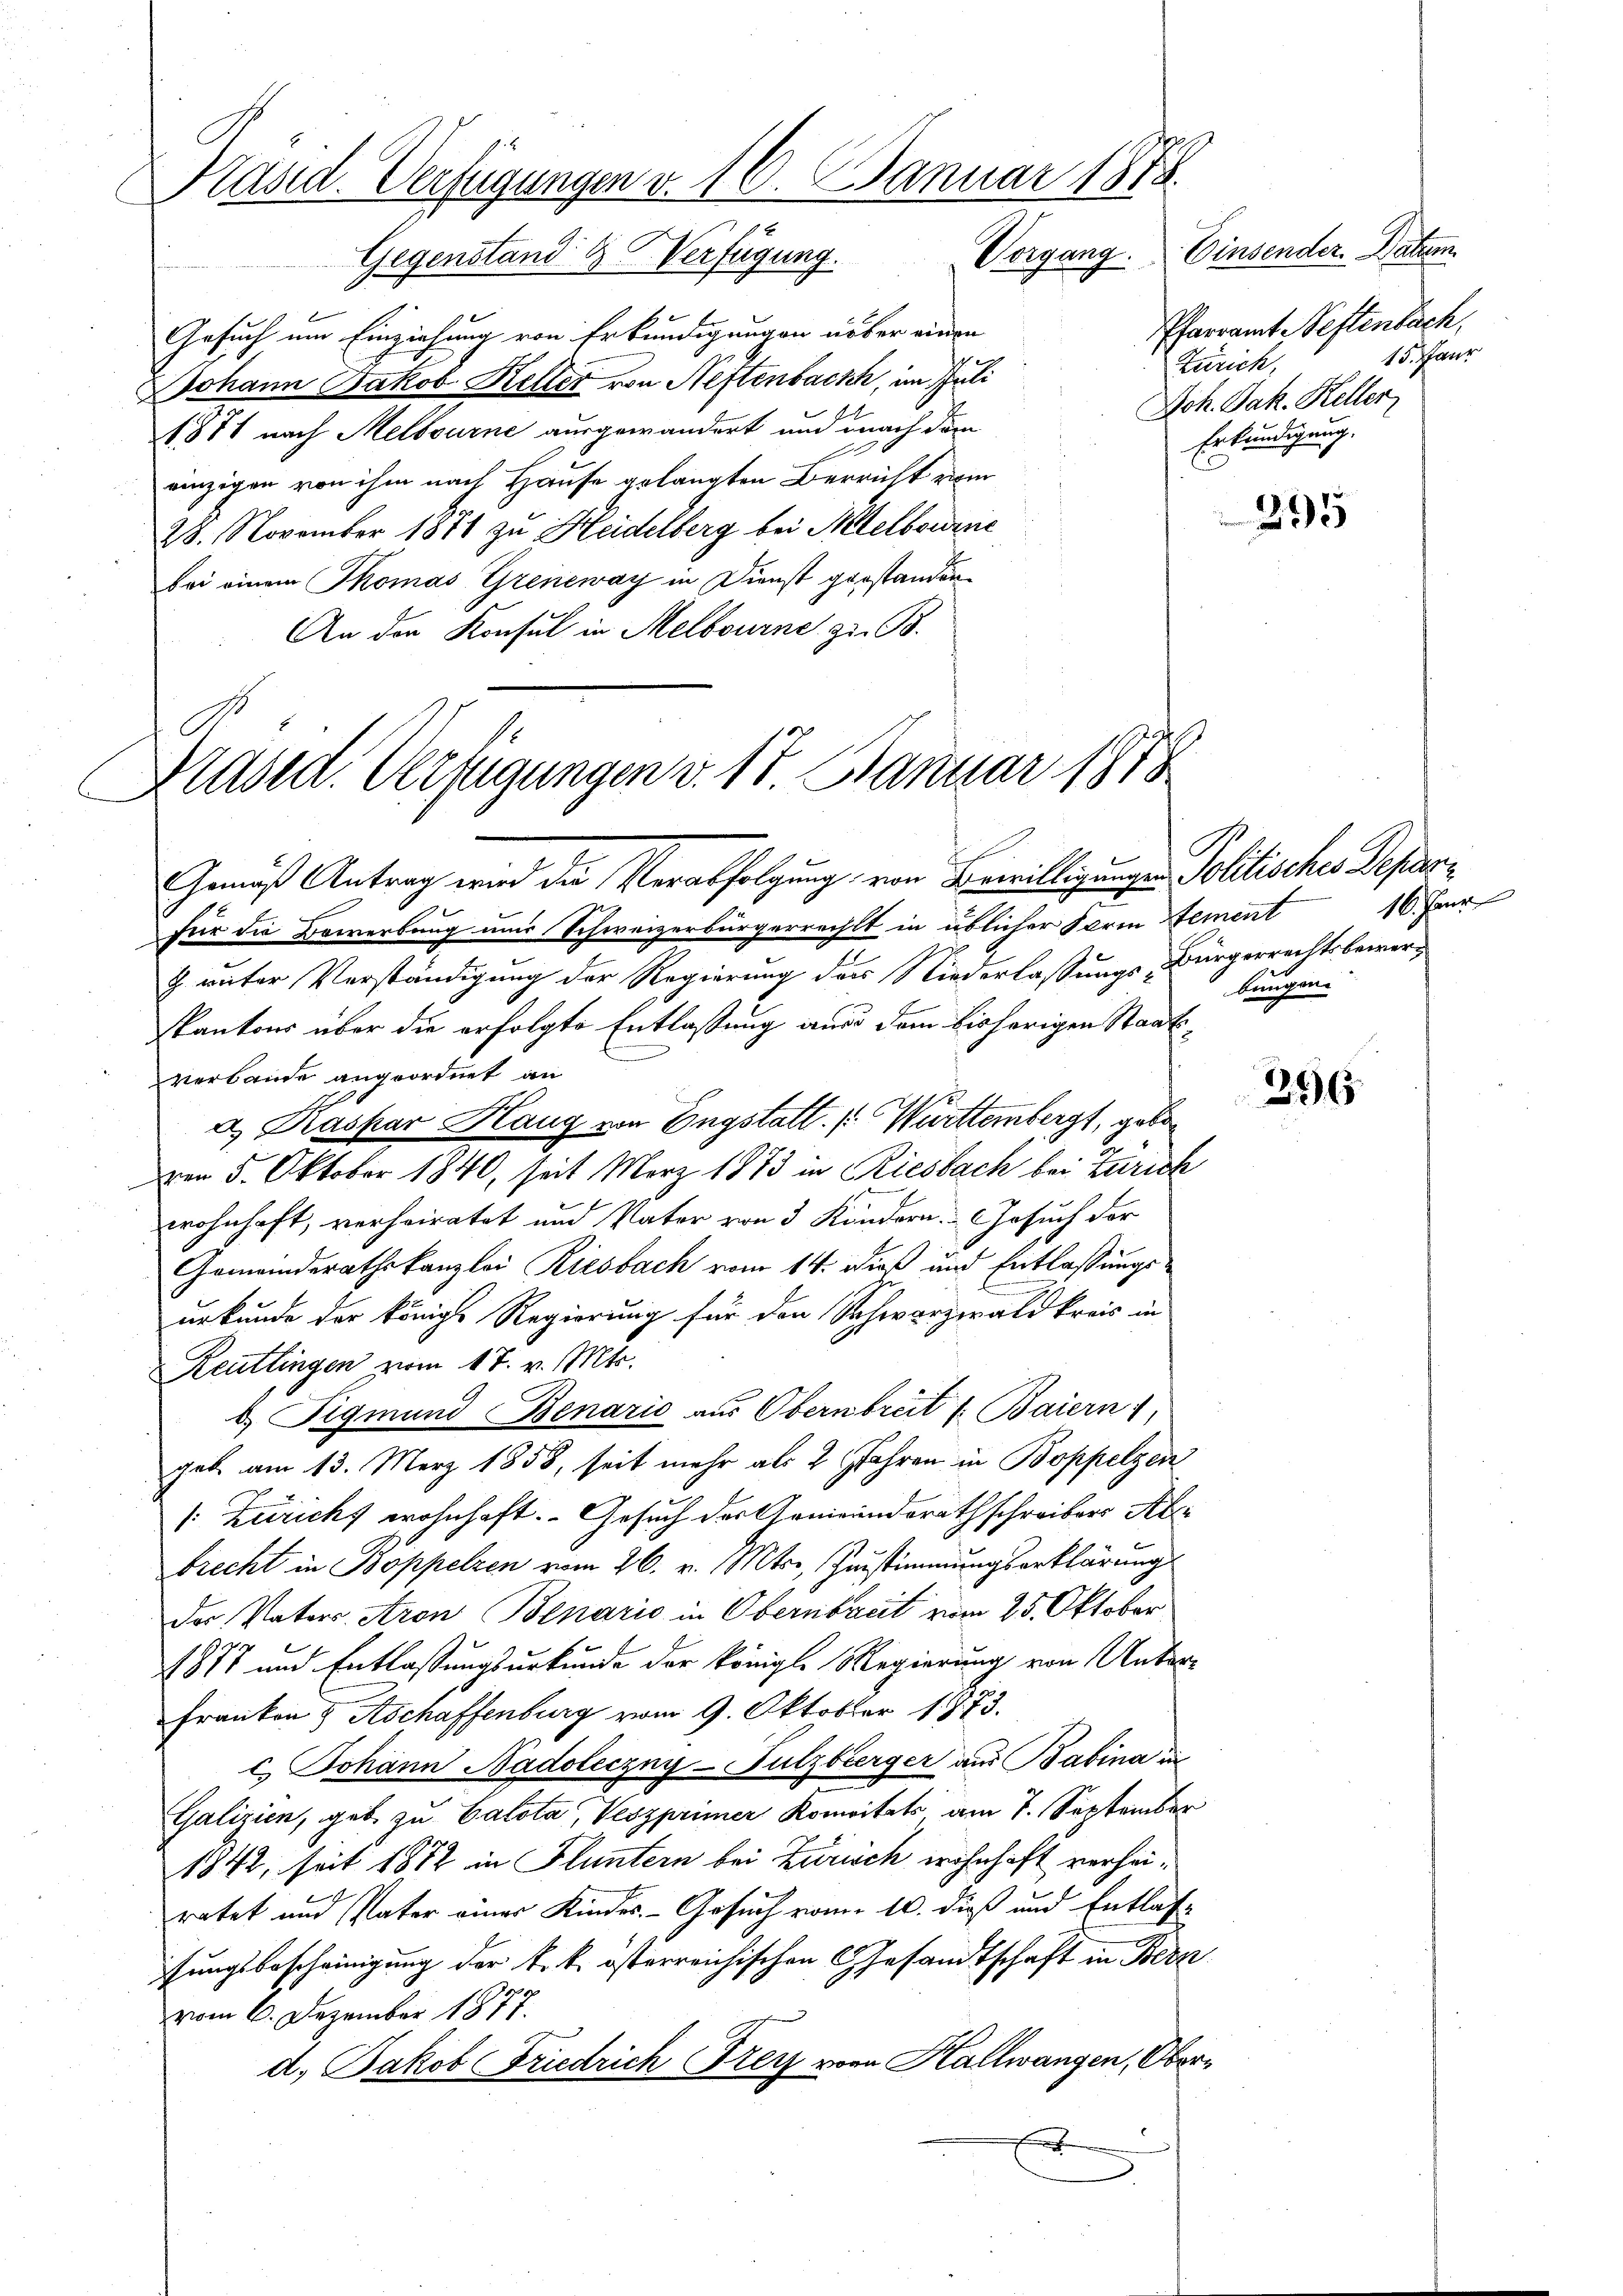
Präsid. Verfügungen v. 16. Januar 1878.
Vorgang.
Gegenstand 4 Verfügung.

Gesuch um Einziehung von Erkundigungen über einen
Johann Jakob Keller von Neftenbach, im Juli
1871 nach Melbourne ausgewandert und nach dem
einzigen von ihm nach Hause gelangten Verricht vom
28. November 1871 zu Heidelberg bei Altelbourne
bei einem Thomas Greneway in Dienst gestanden
An der Konsul in Melbourne zu B.

C
Präsid. Verfügungen v. 17. Januar 1858

Gemäß Antrag wird die Verabfolgung, von Bewilligungen Politisches Depar¬
Für die Bewerbung uns Schweizerbürgerrechts in üblicher Form ement 16. Fer
Z. unter Verständigung der Regierung der Niederlassungs-Bürgerrechtsbewur¬
Kantons über die erfolgte Entlassung aus dem bisherigen Staatsverbande angeordnet an
a. Kaspar Haug von Engstatt. / Württembergt, geben
ven 5. Oktober 1840, seit März 1873 in Riesbach bei Zürich
wohnhaft, verheiratet und Vater von 3 Kindern. Gesuch der
Gemeinderathskanzlei Riesbach vom 14. dieß und Entlassungsurkunde der königl. Regierung für den Schwarzwald kreis in
Reutlingen vom 17. v. Mts.
b. Sigmund Benario aus Obernbreit 1. Baiern,
geb. am 13. März 1858, seit mehr als 2 Jahren in Boppelzen
: Züricht wohnhaft. Gesuch der Gemeindsrathschreibers Aber
Brecht in Boppelzen vom 26. v. Mts., Zustimmungserklärung
Der Vater Aron Benario in Obernbreit vom 25. Oktober
1877 und Entlassungsurkunde der Königl. Regierung von Unter¬
Franken & Aschaffenburg vom 9. Oktober 1873.
c. Johann Nadoleczny-Fulzberger aus Babina in
Galizien, geb. zu Calota, Veszprimer Komitats am 7. September
1842, seit 1872 in Fluntern bei Zürich wohnhaft verheiratet und Vater einer Kindes. - Gesuch vom 10. dieß und Entlasfungsbescheinigung der k. k. österreichischen Gesandtschaft in Bern
vom 6. Dezember 1877.
d. Jakob Friedrich Frey von Hallwangen, Ober¬
E

Einsender. Datum
Pfarramte Pestenbach,
15. Pfarr
Zürich,
Joh. Jak. Keller
Erkundigung.

295

bungen.

296